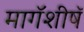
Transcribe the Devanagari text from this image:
मागॅशीषॅ